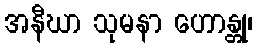
အနီဃာ သုမနာ ဟောန္တု၊